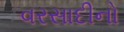
વરસાદીનો